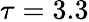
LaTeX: \tau=3.3